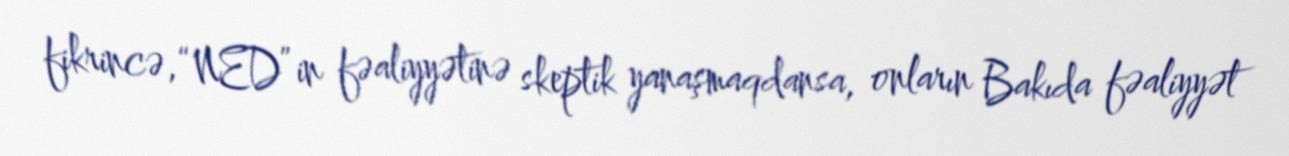
fikrincə, “NED”in fəaliyyətinə skeptik yanaşmaqdansa, onların Bakıda fəaliyyət